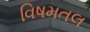
વિષમતલ